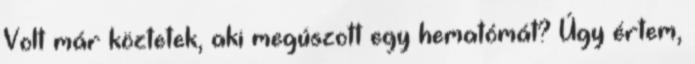
Volt már köztetek, aki megúszott egy hematómát? Úgy értem,